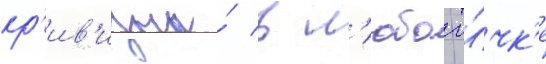
кр'ив'изны́ в л'юбои то́чк'е